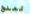
تمنح